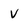
Character: v